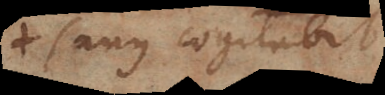
sanus cogitabit